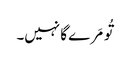
تُو مَرے گا نہیں۔